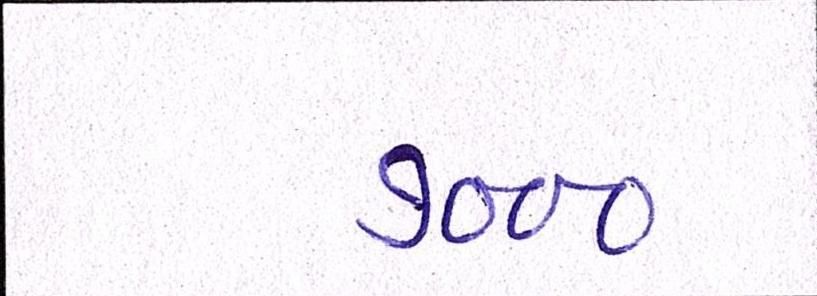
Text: ૭૦૦૦